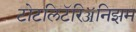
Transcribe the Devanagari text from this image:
टोटलिटॅरिॲनिझम